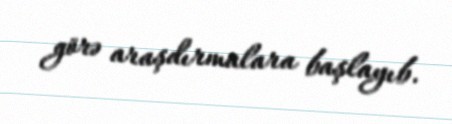
görə araşdırmalara başlayıb.